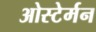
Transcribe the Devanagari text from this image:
ओस्टेर्मन